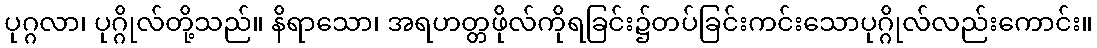
ပုဂ္ဂလာ၊ ပုဂ္ဂိုလ်တို့သည်။ နိရာသော၊ အရဟတ္တဖိုလ်ကိုရခြင်း၌တပ်ခြင်းကင်းသောပုဂ္ဂိုလ်လည်းကောင်း။